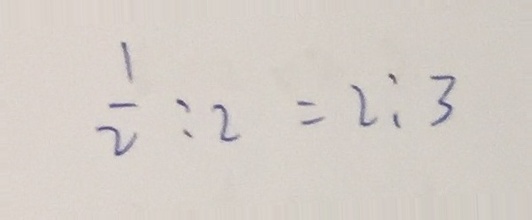
\frac { 1 } { 2 } : 2 = 2 : 3